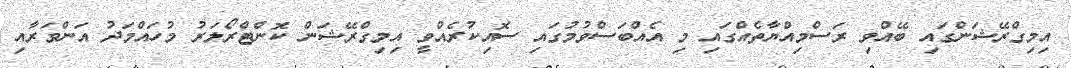
އިމިގްރޭޝަންގައި ބޭއްވި ރަސްމިއްޔާތެއްގައި މި އެއްބަސްވުމުގައި ސޮއިކުރެއްވީ އިމިގްރޭޝަން ކޮންޓްރޯލަރު މުހައްމަދު އަންވަރާއި